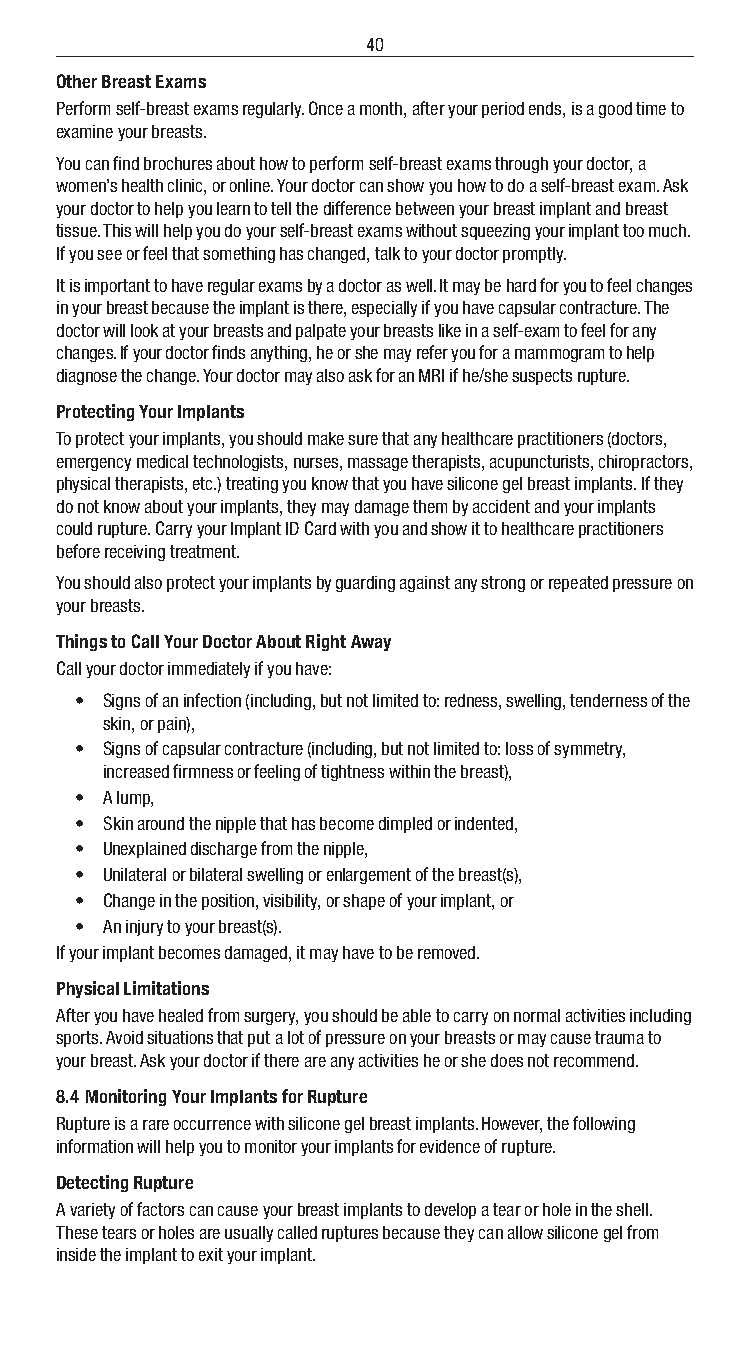
40
 Other Breast Exams
 Perform self-breast exams regularly. Once a month, after your period ends, is a good time to
 examine your breasts.
 You can find brochures about how to perform self-breast exams through your doctor, a
 women’s health clinic, or online. Your doctor can show you how to do a self-breast exam. Ask
 your doctor to help you learn to tell the difference between your breast implant and breast
 tissue. This will help you do your self-breast exams without squeezing your implant too much.
 If you see or feel that something has changed, talk to your doctor promptly.
 It is important to have regular exams by a doctor as well. It may be hard for you to feel changes
 in your breast because the implant is there, especially if you have capsular contracture. The
 doctor will look at your breasts and palpate your breasts like in a self-exam to feel for any
 changes. If your doctor finds anything, he or she may refer you for a mammogram to help
 diagnose the change. Your doctor may also ask for an MRI if he/she suspects rupture.
 Protecting Your Implants
 To protect your implants, you should make sure that any healthcare practitioners (doctors,
 emergency medical technologists, nurses, massage therapists, acupuncturists, chiropractors,
 physical therapists, etc.) treating you know that you have silicone gel breast implants. If they
 do not know about your implants, they may damage them by accident and your implants
 could rupture. Carry your Implant ID Card with you and show it to healthcare practitioners
 before receiving treatment.
 You should also protect your implants by guarding against any strong or repeated pressure on
 your breasts.
 Things to Call Your Doctor About Right Away
 Call your doctor immediately if you have:
 • Signs of an infection (including, but not limited to: redness, swelling, tenderness of the
 skin, or pain),
 • Signs of capsular contracture (including, but not limited to: loss of symmetry,
 increased firmness or feeling of tightness within the breast),
 • A lump,
 • Skin around the nipple that has become dimpled or indented,
 • Unexplained discharge from the nipple,
 • Unilateral or bilateral swelling or enlargement of the breast(s),
 • Change in the position, visibility, or shape of your implant, or
 • An injury to your breast(s).
 If your implant becomes damaged, it may have to be removed.
 Physical Limitations
 After you have healed from surgery, you should be able to carry on normal activities including
 sports. Avoid situations that put a lot of pressure on your breasts or may cause trauma to
 your breast. Ask your doctor if there are any activities he or she does not recommend.
 8.4 Monitoring Your Implants for Rupture
 Rupture is a rare occurrence with silicone gel breast implants. However, the following
 information will help you to monitor your implants for evidence of rupture.
 Detecting Rupture
 A variety of factors can cause your breast implants to develop a tear or hole in the shell.
 These tears or holes are usually called ruptures because they can allow silicone gel from
 inside the implant to exit your implant.